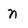
Character: n